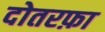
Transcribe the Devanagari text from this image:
दोतरफ़ा